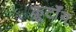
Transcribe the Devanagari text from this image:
कूर्टॉय